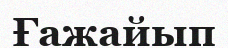
Ғажайып